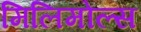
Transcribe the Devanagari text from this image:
मिलिमोल्स